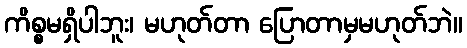
ကိစ္စမရှိပါဘူး၊ မဟုတ်တာ ပြောတာမှမဟုတ်ဘဲ။